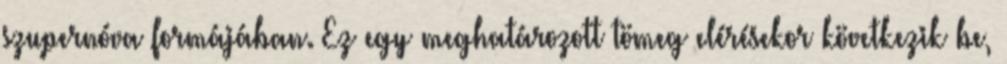
szupernóva formájában. Ez egy meghatározott tömeg elérésekor következik be,